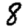
Digit: 8